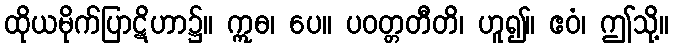
ထိုယမိုက်ပြာဋိဟာ၌။ ဣဓ၊ ပေ။ ပဝတ္တတီတိ၊ ဟူ၍။ ဧဝံ၊ ဤသို့။